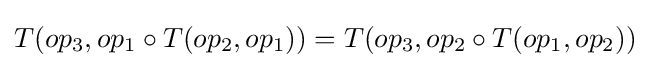
T(op_{3},op_{1}\circ T(op_{2},op_{1}))=T(op_{3},op_{2}\circ T(op_{1},op_{2}))